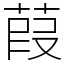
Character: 葭